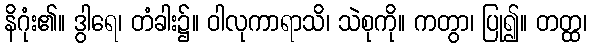
နိဂုံး၏။ ဒွါရေ၊ တံခါး၌။ ဝါလုကာရာသိ၊ သဲစုကို။ ကတွာ၊ ပြု၍။ တတ္ထ၊